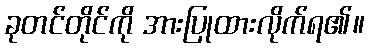
ခုတင်တိုင်ကို အားပြုထားလိုက်ရ၏။